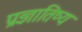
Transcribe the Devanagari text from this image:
प्रज्ञातिष्य